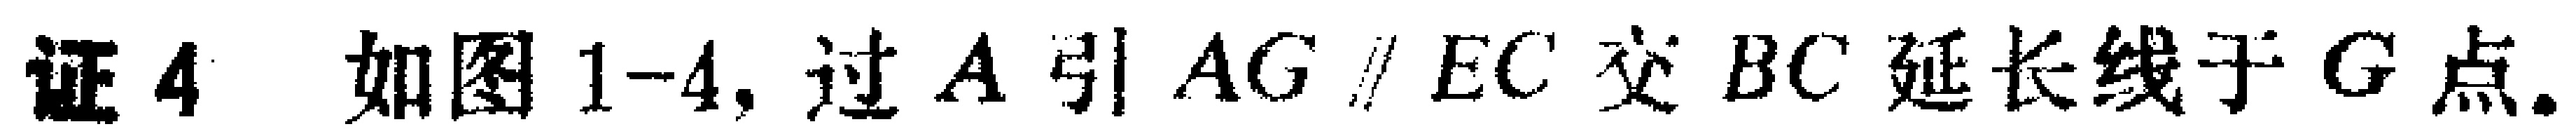
证4 如图1-4, 过\(A\)引\(AG \parallel EC\)交\(BC\)延长线于\(G\)点.